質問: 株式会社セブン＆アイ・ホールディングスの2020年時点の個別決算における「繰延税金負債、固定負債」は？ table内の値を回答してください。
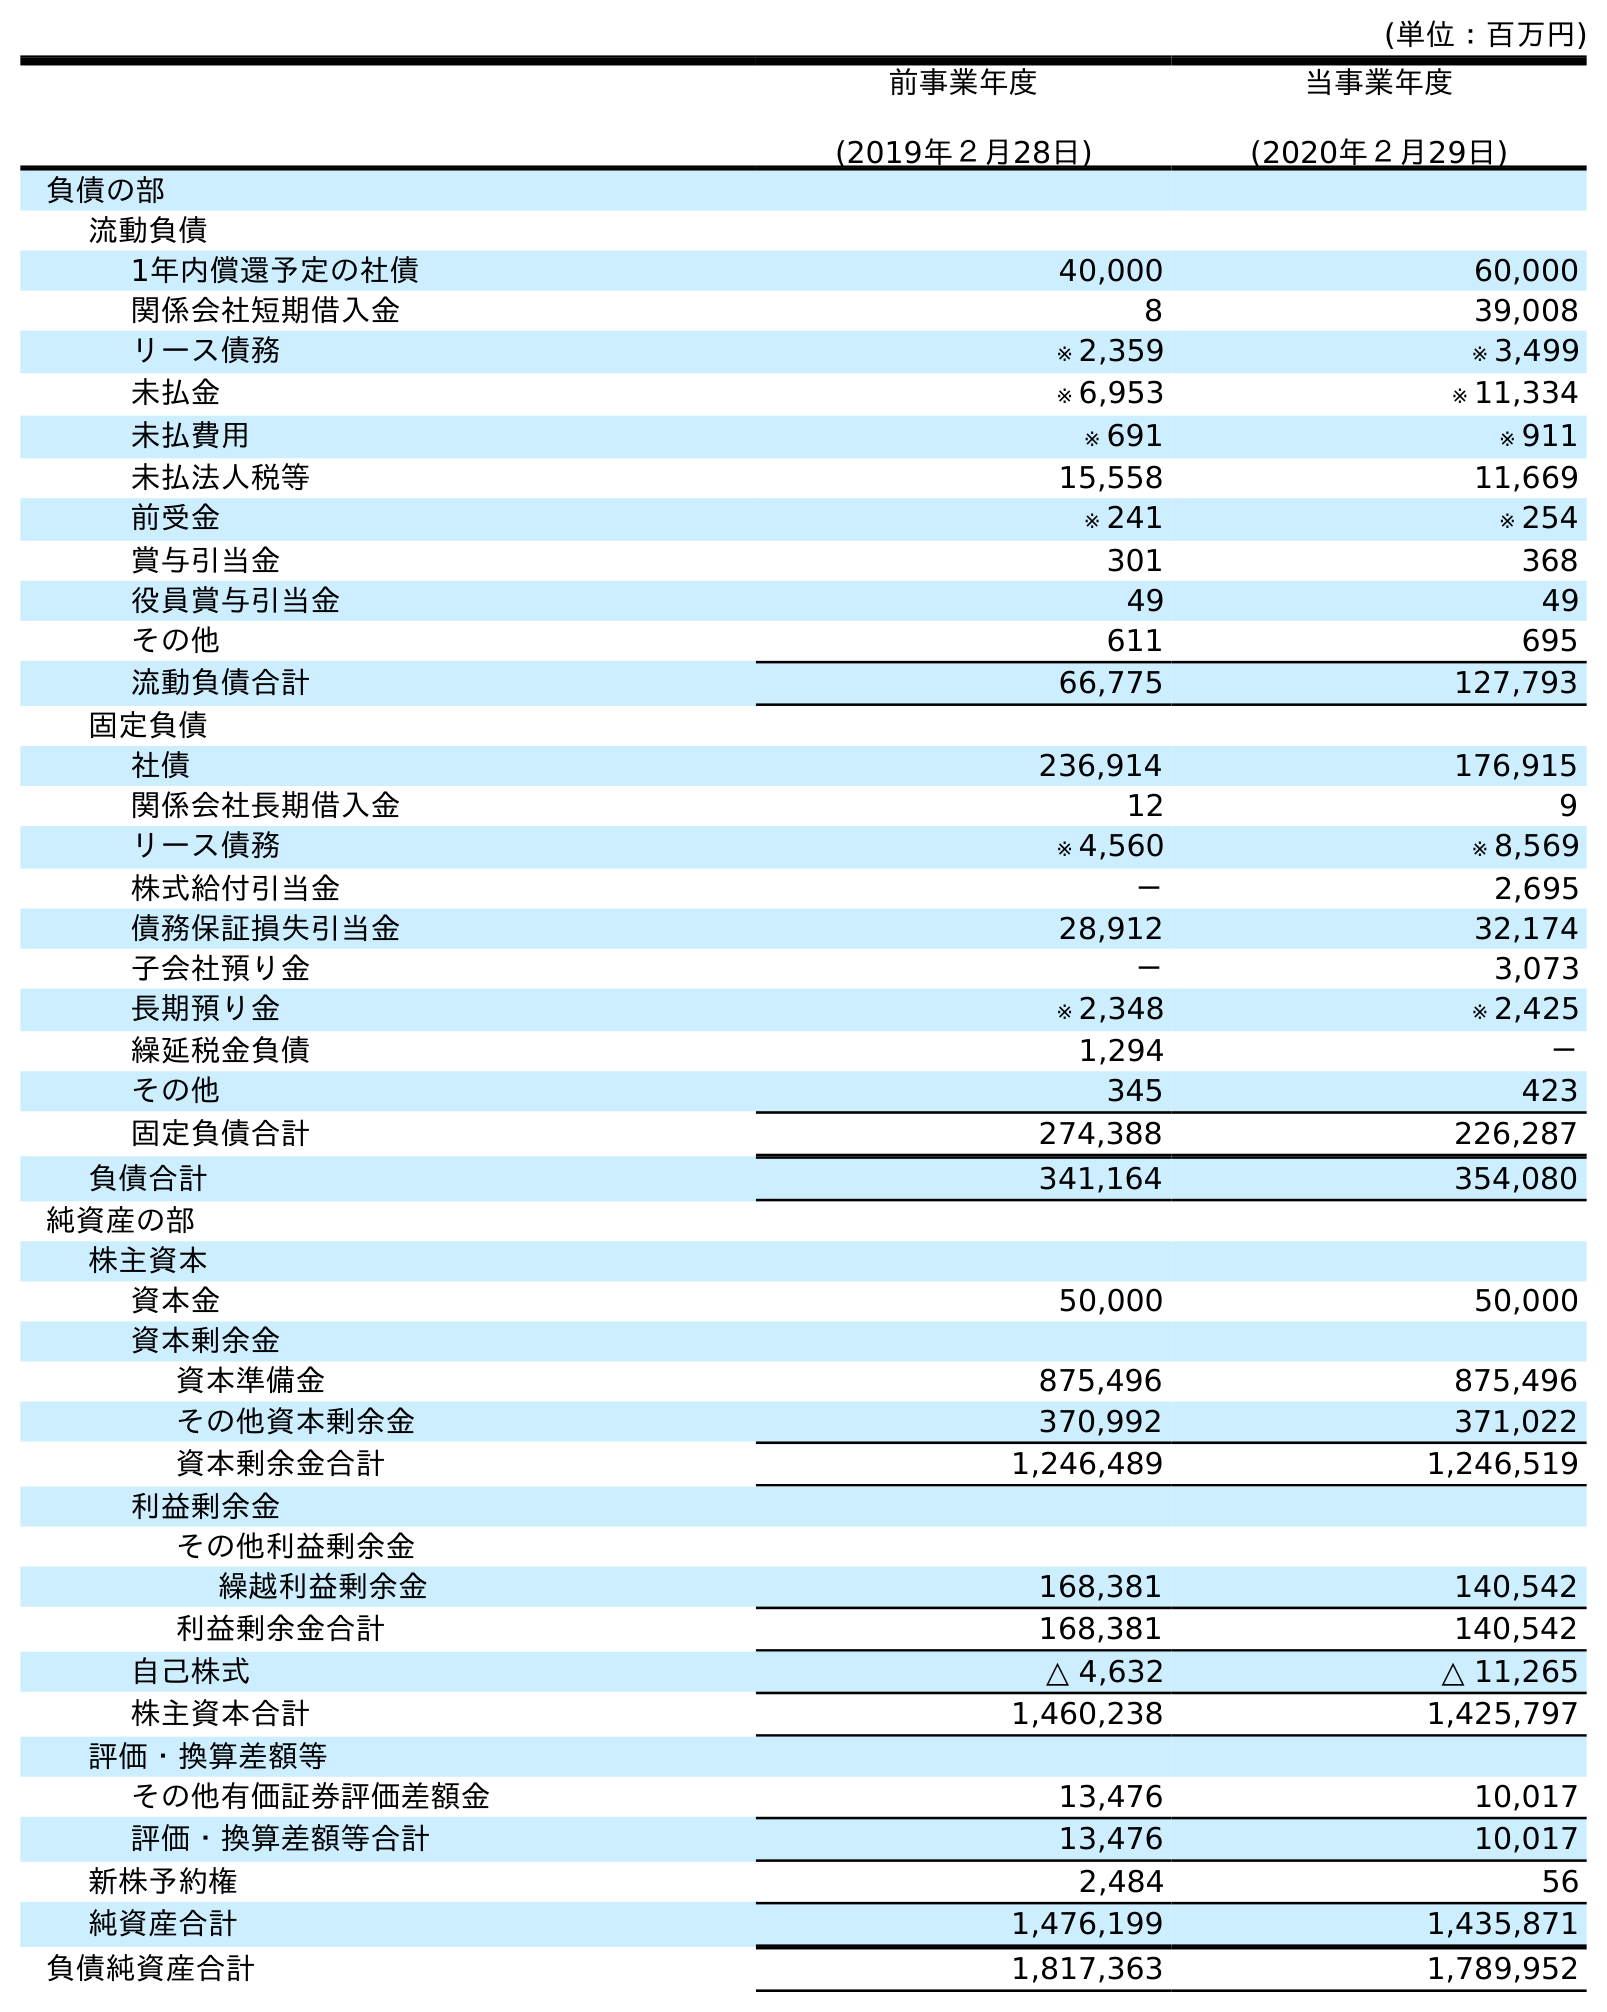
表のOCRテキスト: (単位：百万円) 前事業年度 (2019年２月28日) 当事業年度 (2020年２月29日) 負債の部 流動負債 1年内償還予定の社債 40,000 60,000 関係会社短期借入金 8 39,008 リース債務 ※ 2,359 ※ 3,499 未払金 ※ 6,953 ※ 11,334 未払費用 ※ 691 ※ 911 未払法人税等 15,558 11,669 前受金 ※ 241 ※ 254 賞与引当金 301 368 役員賞与引当金 49 49 その他 611 695 流動負債合計 66,775 127,793 固定負債 社債 236,914 176,915 関係会社長期借入金 12 9 リース債務 ※ 4,560 ※ 8,569 株式給付引当金 － 2,695 債務保証損失引当金 28,912 32,174 子会社預り金 － 3,073 長期預り金 ※ 2,348 ※ 2,425 繰延税金負債 1,294 － その他 345 423 固定負債合計 274,388 226,287 負債合計 341,164 354,080 純資産の部 株主資本 資本金 50,000 50,000 資本剰余金 資本準備金 875,496 875,496 その他資本剰余金 370,992 371,022 資本剰余金合計 1,246,489 1,246,519 利益剰余金 その他利益剰余金 繰越利益剰余金 168,381 140,542 利益剰余金合計 168,381 140,542 自己株式 △ 4,632 △ 11,265 株主資本合計 1,460,238 1,425,797 評価・換算差額等 その他有価証券評価差額金 13,476 10,017 評価・換算差額等合計 13,476 10,017 新株予約権 2,484 56 純資産合計 1,476,199 1,435,871 負債純資産合計 1,817,363 1,789,952
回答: －